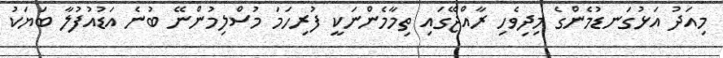
މިއަދު އަޅުގަނޑުމެންގެ މިދިވެހި ރާއްޖޭގައި ތިމާމެންނަކީ ފުރިހަމަ މުސްލިމުންނޭ ބުނެ އަޑުއުފުލާ ބަޔަކު